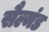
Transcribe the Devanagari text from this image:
सैल्मंड